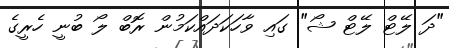
"ދަ ލޭޓް ލޭޓް ޝޯ" ގައި ވާހަކަދައްކަމުން ރޮބް ލޯ ބުނީ ހެރީގެ